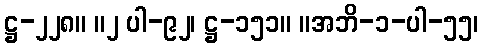
ဋ္ဌ-၂၂၈။ ။၂ ပါ-၉၂၊ ဋ္ဌ-၁၅၁။ ။အဘိ-၁-ပါ-၅၅၊